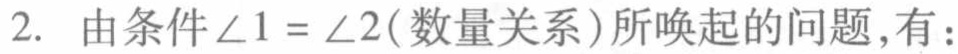
2. 由条件$\angle 1 = \angle 2$(数量关系)所唤起的问题，有：